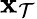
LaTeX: \mathbf{\boldsymbol{x}}_{\mathcal{T}}